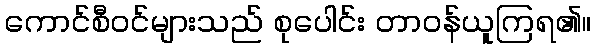
ကောင်စီဝင်များသည် စုပေါင်း တာဝန်ယူကြရ၏။